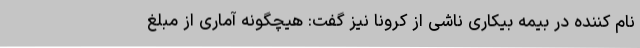
نام کننده در بیمه بیکاری ناشی از کرونا نیز گفت: هیچگونه آماری از مبلغ